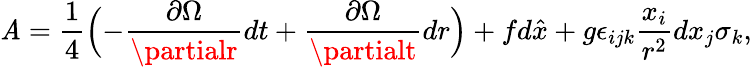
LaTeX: \mathit{A}=\frac{{1}}{{4}}\Bigl(-\frac{{\partial\Omega}}{{\partialr}}dt+\frac{{\partial\Omega}}{{\partialt}}dr\Bigr)+fd\hat{{x}}+g\epsilon_{ijk}\frac{{x_{i}}}{{r^{2}}}dx_{j}\sigma_{k},